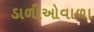
ડાળીઓવાળા